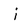
Character: i